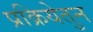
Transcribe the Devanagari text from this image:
प्रक्रियेतुन